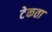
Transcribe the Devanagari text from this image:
टेकता